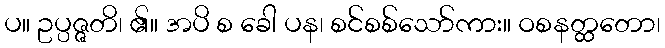
ပ။ ဥပ္ပဇ္ဇတိ၊ ၏။ အပိ စ ခေါ ပန၊ စင်စစ်သော်ကား။ ဝစနတ္ထတော၊